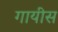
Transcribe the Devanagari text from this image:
गायीस